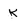
Character: k